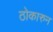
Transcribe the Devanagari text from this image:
ठोकारुन